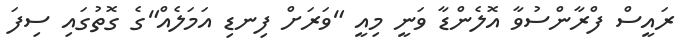
ރައީސް ފްރާންސުވާ އޮލެންޑާ ވަނީ މިއީ "ވަރަށް ފިނޑި އަމަލެއް"ގެ ގޮތުގައި ސިފަ